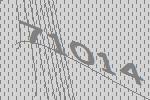
71014